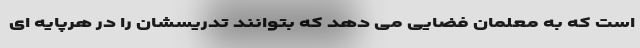
است که به معلمان فضایی می دهد که بتوانند تدریسشان را در هرپایه ای